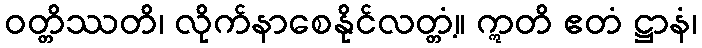
ဝတ္တိဿတိ၊ လိုက်နာစေနိုင်လတ္တံ့။ ဣတိ ဧတံ ဋ္ဌာနံ၊